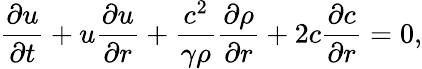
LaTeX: \frac{\partial u}{\partial t}+u\frac{\partial u}{\partial r}+\frac{c^{2}}{\gamma\rho}\frac{\partial\rho}{\partial r}+2c\frac{\partial c}{\partial r}=0,